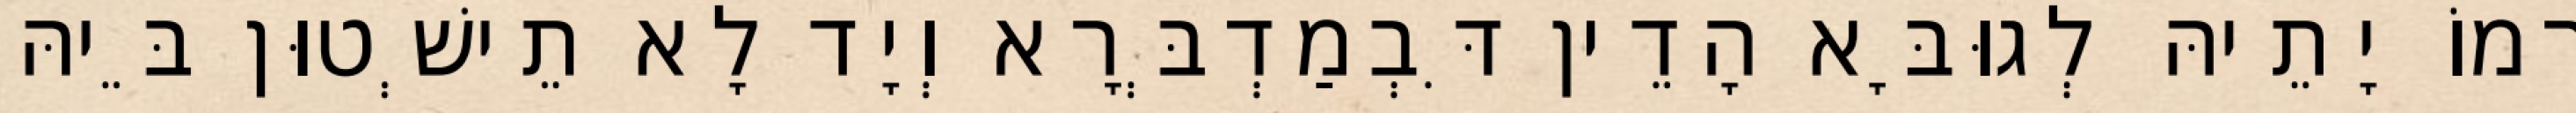
רְמוֹ יָתֵיהּ לְגוּבָּא הָדֵין דִּבְמַדְבְּרָא וְיָד לָא תֵישְׁטוּן בֵּיהּ